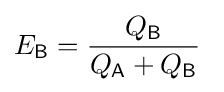
E_{\mathsf {B}}={\frac {Q_{\mathsf {B}}}{Q_{\mathsf {A}}+Q_{\mathsf {B}}}}~